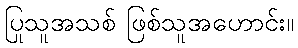
ပြုသူအသစ် ဖြစ်သူအဟောင်း။